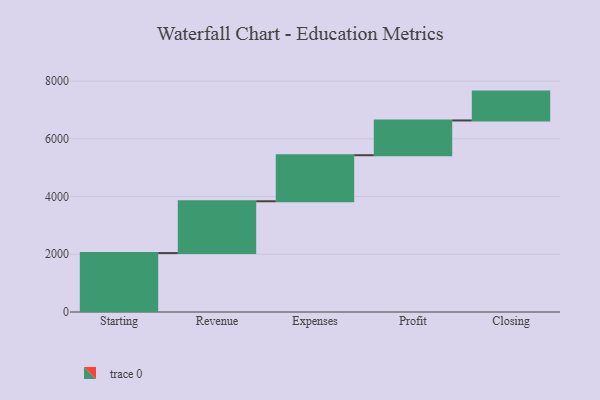
{"axis": {"x": "Step", "y": "Value"}, "legend": [""], "data": [{"x": "Starting", "y": 2042.0, "type": ""}, {"x": "Revenue", "y": 1795.0, "type": ""}, {"x": "Expenses", "y": 1596.0, "type": ""}, {"x": "Profit", "y": 1204.0, "type": ""}, {"x": "Closing", "y": 1000, "type": ""}]}